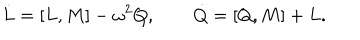
LaTeX: \dot { L } = [ L , M ] - \omega ^ { 2 } Q , \qquad \dot { Q } = [ Q , M ] + L .